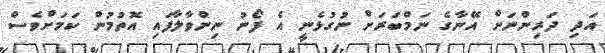
އަދި ދަރިންނަށް އޭނާގެ ނަމްބަރަށް ނުގުޅެނީ އެ ފޯނު ނިންވާލާފައި އޮތުމުން ކަމަށްވެސް